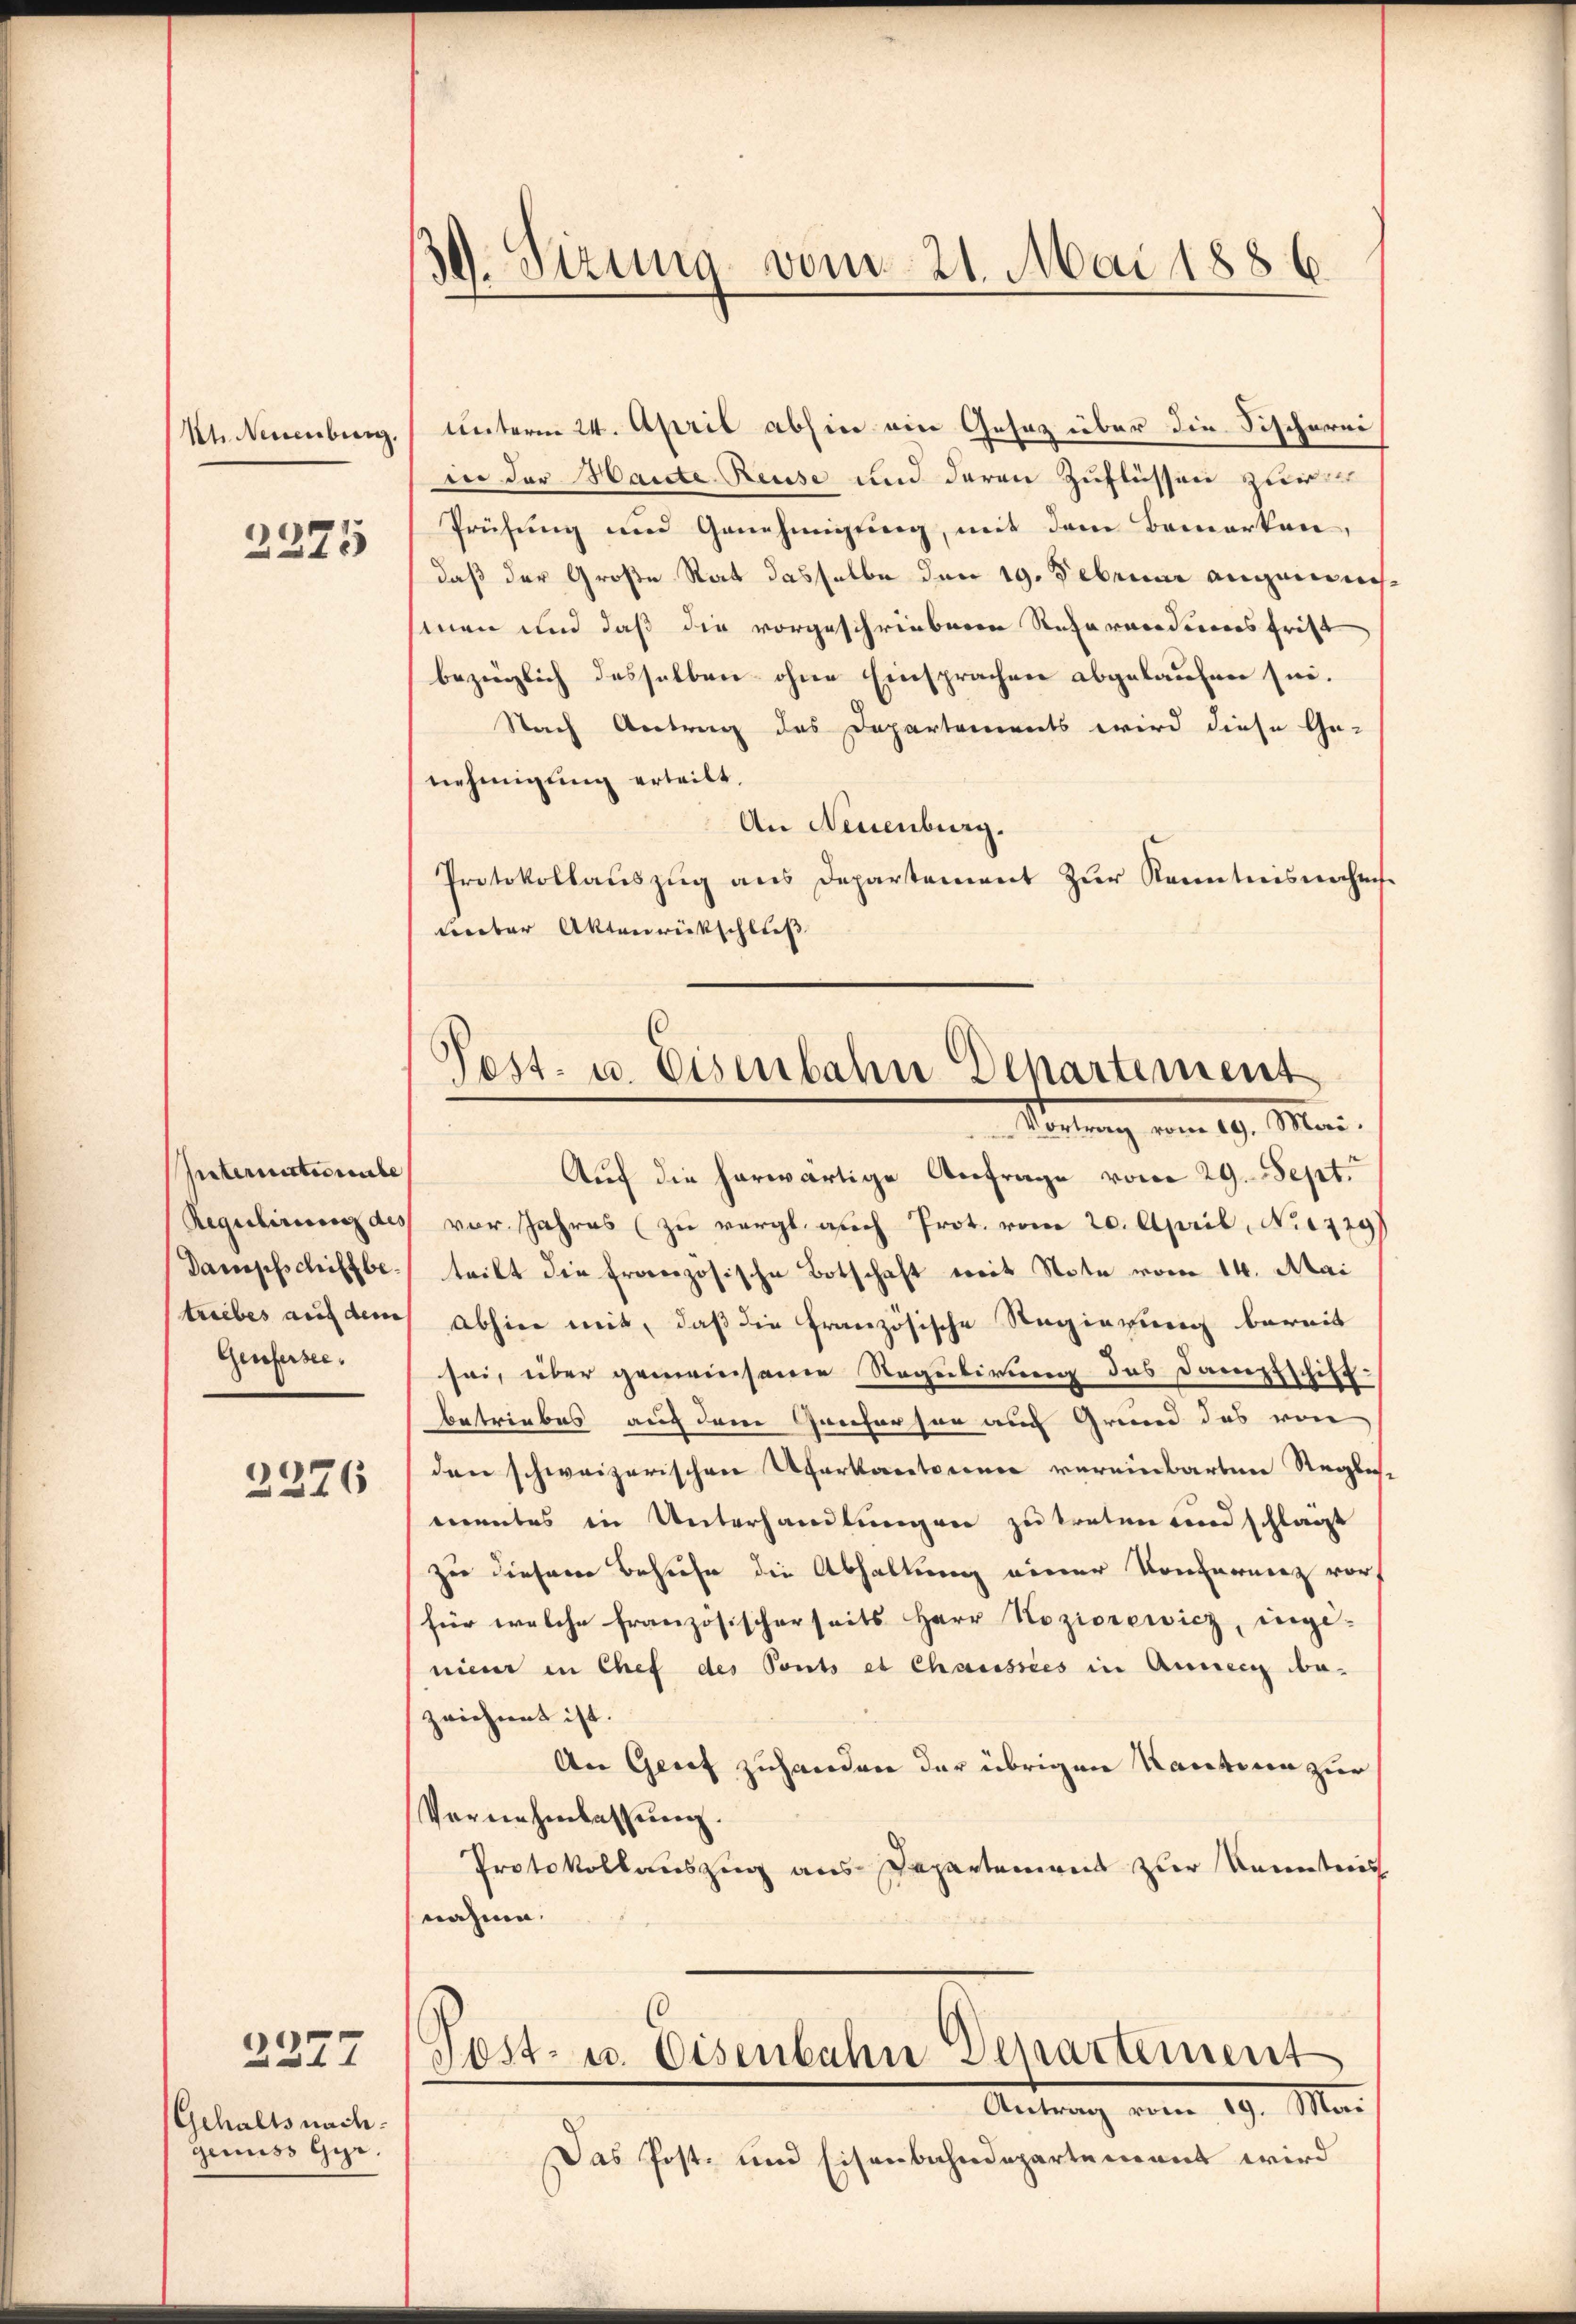
Uh. Neuenburg.

2325

Internationibe
Regulirung des
Dampfschiffbetriebes auf dem
Genfersee,

2276

Gehalts nach
genuss Ger.

2277

30. Sitzung vom 21. Mai 1886.

Pest- u. Eisenbahn Departement

unterm 24. April abhin ein Gesaz über die Fischerei
in der Haute Reuse und deren Zuflüssen zur
Prüfung und Genehmigung, mit dem Bemerken,
daß der Große Rat dasselbe den 19. Februar angemeinhmen und daß die vorgeschriebenen Recharacidierens frist
bezüglich desselben ohne Einsprachen abgelaufen sei.
Nach Antrag des Departements wird diese Ge-
nehmigung erteilt.
An Neuenburg.
Protokollauszug aus Departement zur Kenntnisnahm
meeber Aktenrückschluß
Sirung vom 29. Mari
Auf die herwärtige Anfrage vom 29. Sept.
vor Jahres (zu vergl. auch Prot. vom 20. April, No 1779/
tritt die Französische Botschaft weit Note vom 14. Mai
abhin mit, daß die französische Regierung bereit
sei, über gemeinsame Regulirung des Dampfschiff
betriebes auch dem Genferen aus Grund das von
den schweizerischen Uferkantorene vereinbarten Reglementes in Unterhandlungen zu treten und schlagt
zue diesem Besuche die Abhaltung einer Konfernenz vor
für welche französischerseits Herr Hoziorewicz, ingi-
nieur in Chef des Ponts et Chaussees in Ausein be-
zeichnet ist.
An Geret zuhanden der übrigen Kantoren zur
Vornehmlassung.
Protokollauszug aus Departement zur Kenntnis
nahme.
Post- u. Eisenbahn Departement
Antrag vom 19. Man
Das Post- und Eisenbahndepartement wird